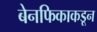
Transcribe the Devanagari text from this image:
बेनफिकाकडून